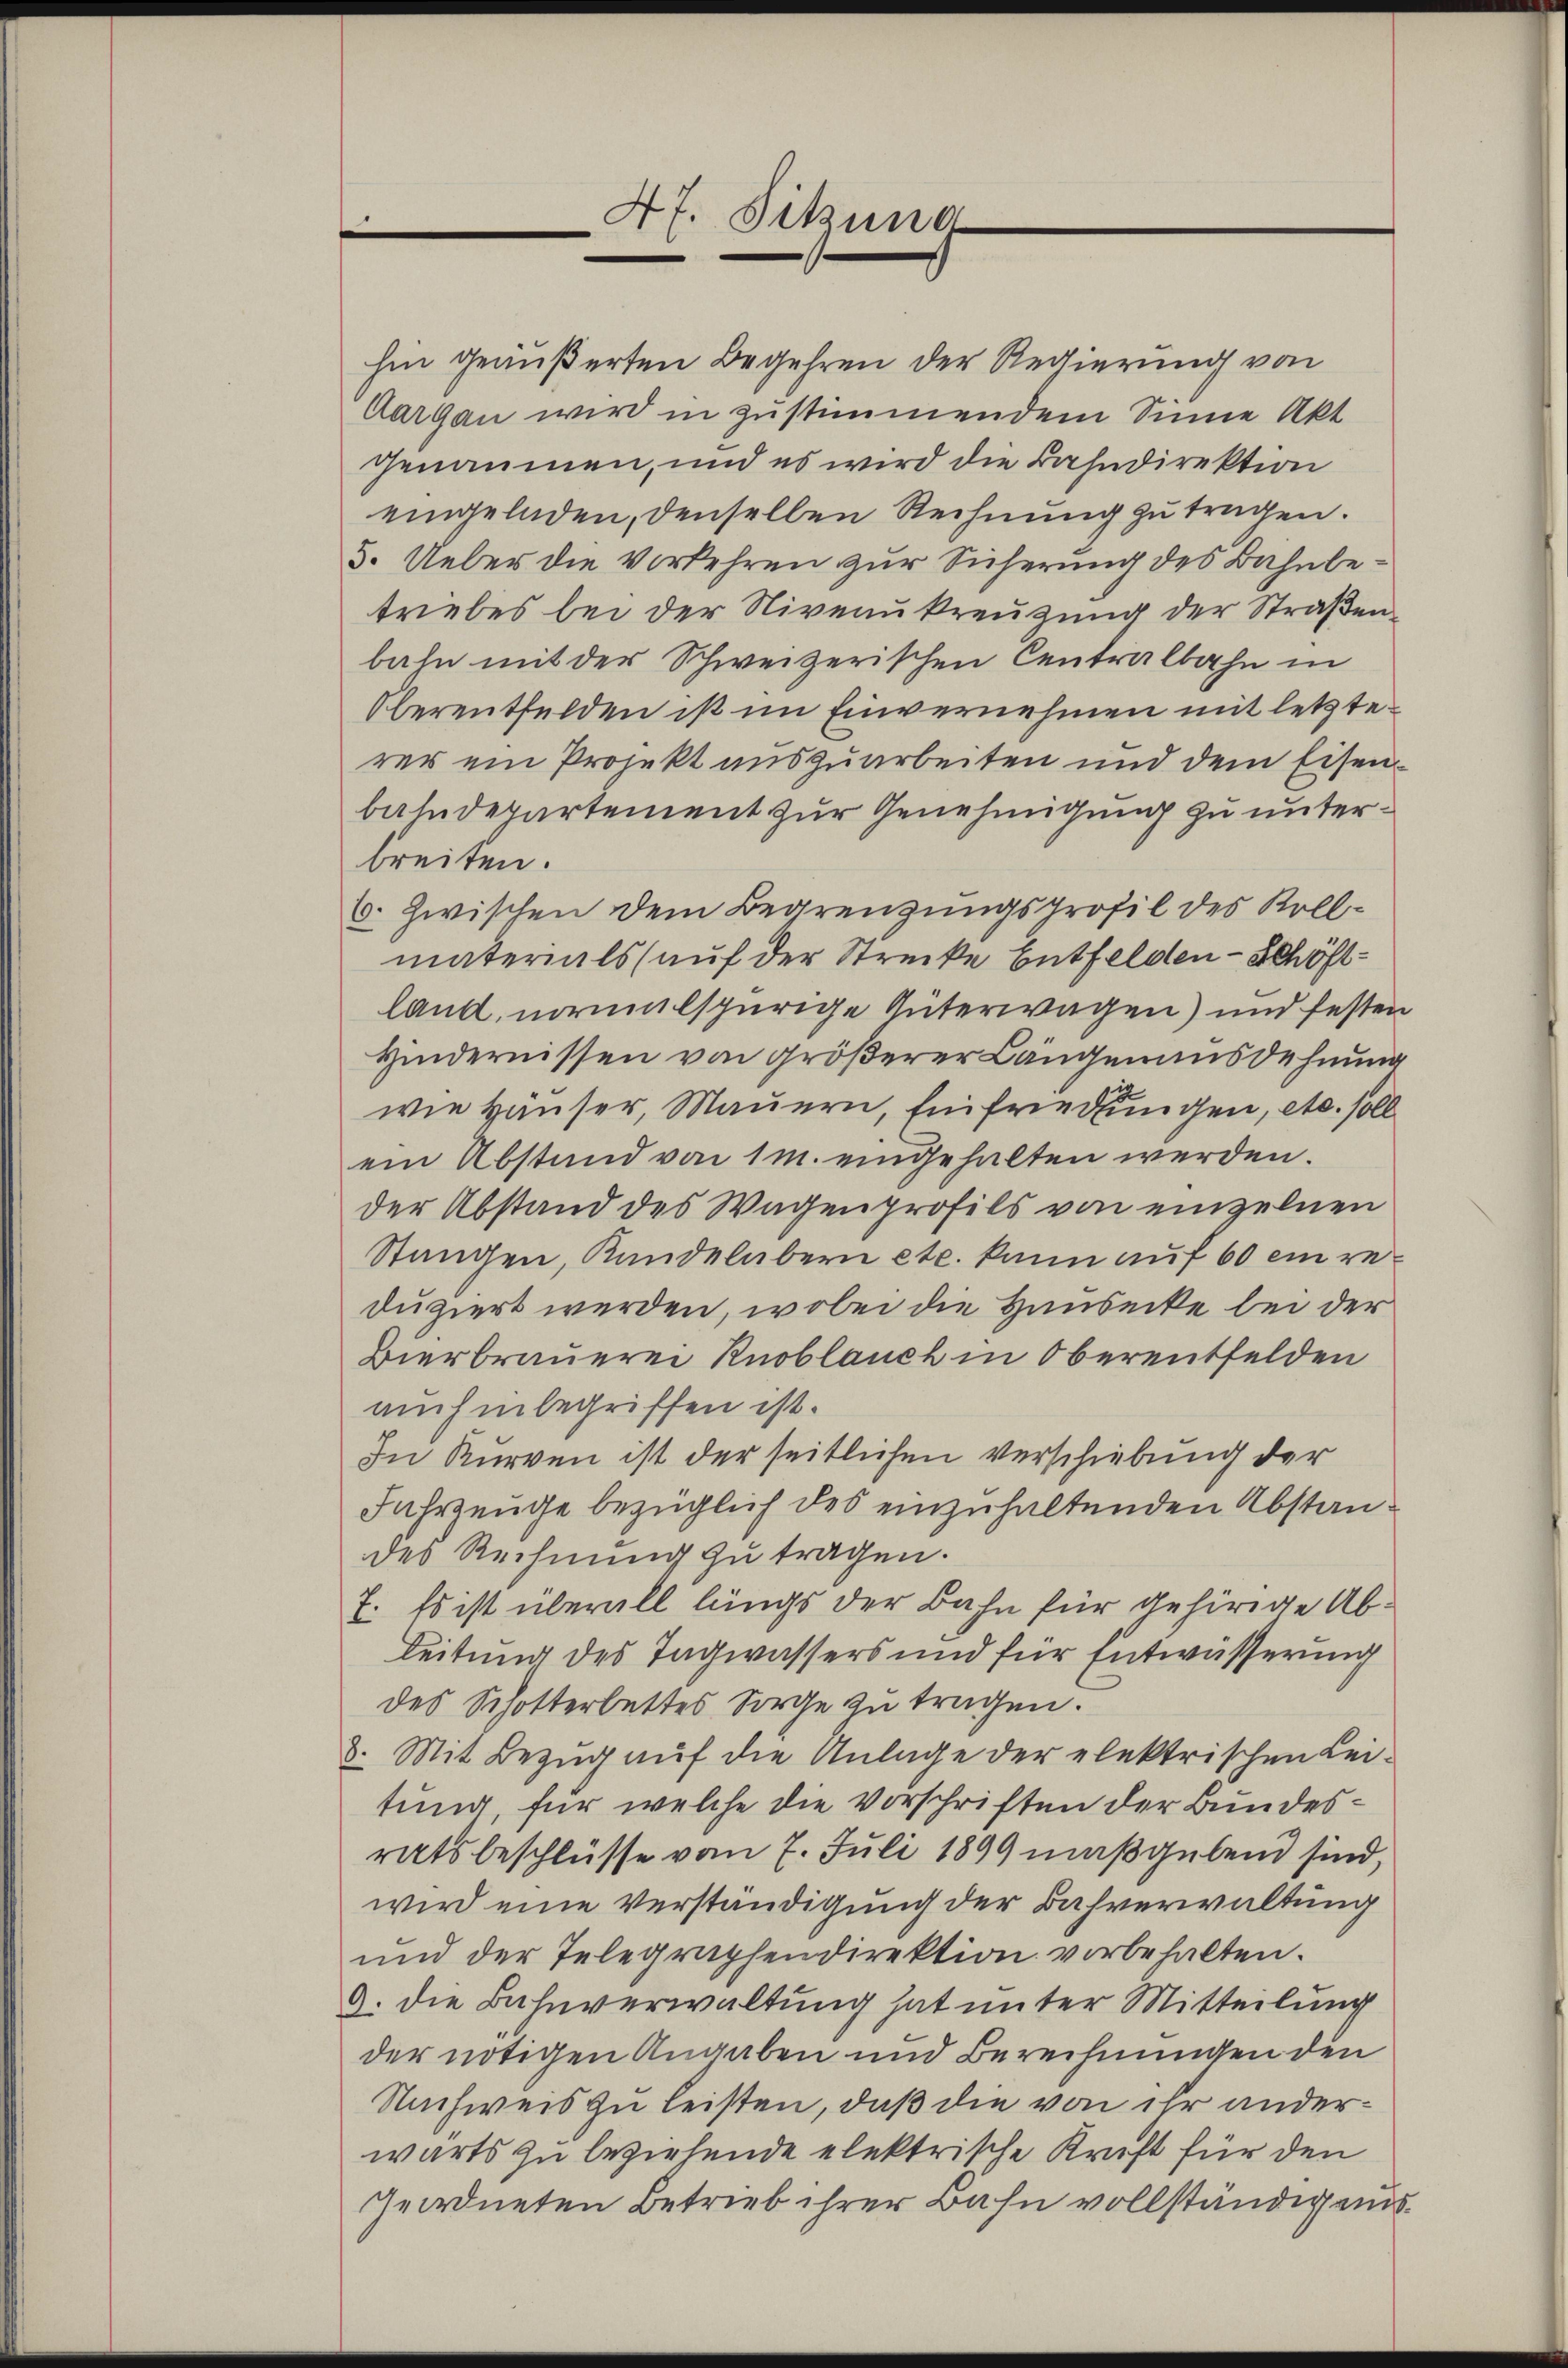
47. Sitzung

hin geäußerten Begehren der Regierung von
Aargau wird in zustimmendem Sinne Akt
genäumen, und es wird die Bahndirektion
eingeladen, denselben Rechnung zu tragen.
3. Ueber die Verkehren zur Sicherung des Bahnbetriebes bei der Niveaukreuzung der Straßen
bahn mit der Schweizerischen Centralbahn in
Oberentfelden ist im Einvernehmen mit letzterer ein Projekt auszuarbeiten und dem Eisenbahndepartement zur Genehmigung zu unterbreiten.
6. Zwischen dem Begrenzungsprofil des Kollmaterials auf der Strecke Entfelden - Schöftland, normalspurige Güterwagen) und festen
Hindernissen von größerer Längenausdehnung
wie Häuser, Mauern, Einfriedlungen, etc. soll
ein Abstand von 1 m. eingehalten werden.
der Abstand des Wagenprofils von einzelnen
Stangen, Kandelabern etc. kann auf 60 ein reduziert werden, wobei die Hausecke bei der
Bierbrauerei Knoblauch in Oberentfelden
auch in begriffen ist.
In Kurven ist der seitlichen verschiebung der
Jahrzeuge bezüglich des einzuhaltenden Abstandes Rechnung zu tragen.
7. Es ist überall längs der Bahn für gehörige Ableitung des Tagwassers und für Entwässerung
des Schotterbettes Sorge zu tragen.
8. Mit Bezug auf die Anlage der elektrischen Lei-
tung, für welche die Vorschriften der Bundesratsbeschlüsse vom 7. Juli 1899 maßgebend sind,
wird eine Verständigung der Bahverwaltung
und der Telegraphendirektion vorbehalten.
9. die Bahnverwaltung hat unter Mitteilung
der nötigen Angaben und Berechnungen den
Nachweis zu leisten, daß die von ihr anderwärts zu beziehende elektrische Kraft für den
geordneten Betrieb ihrer Bahn vollständig aus¬